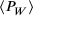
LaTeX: \, \langle P _ { W } \rangle